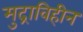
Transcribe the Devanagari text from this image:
मुद्राविहीन